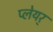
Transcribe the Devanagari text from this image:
प्लेयर्